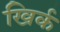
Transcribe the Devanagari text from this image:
खिर्क